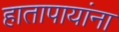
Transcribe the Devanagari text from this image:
हातापायांना